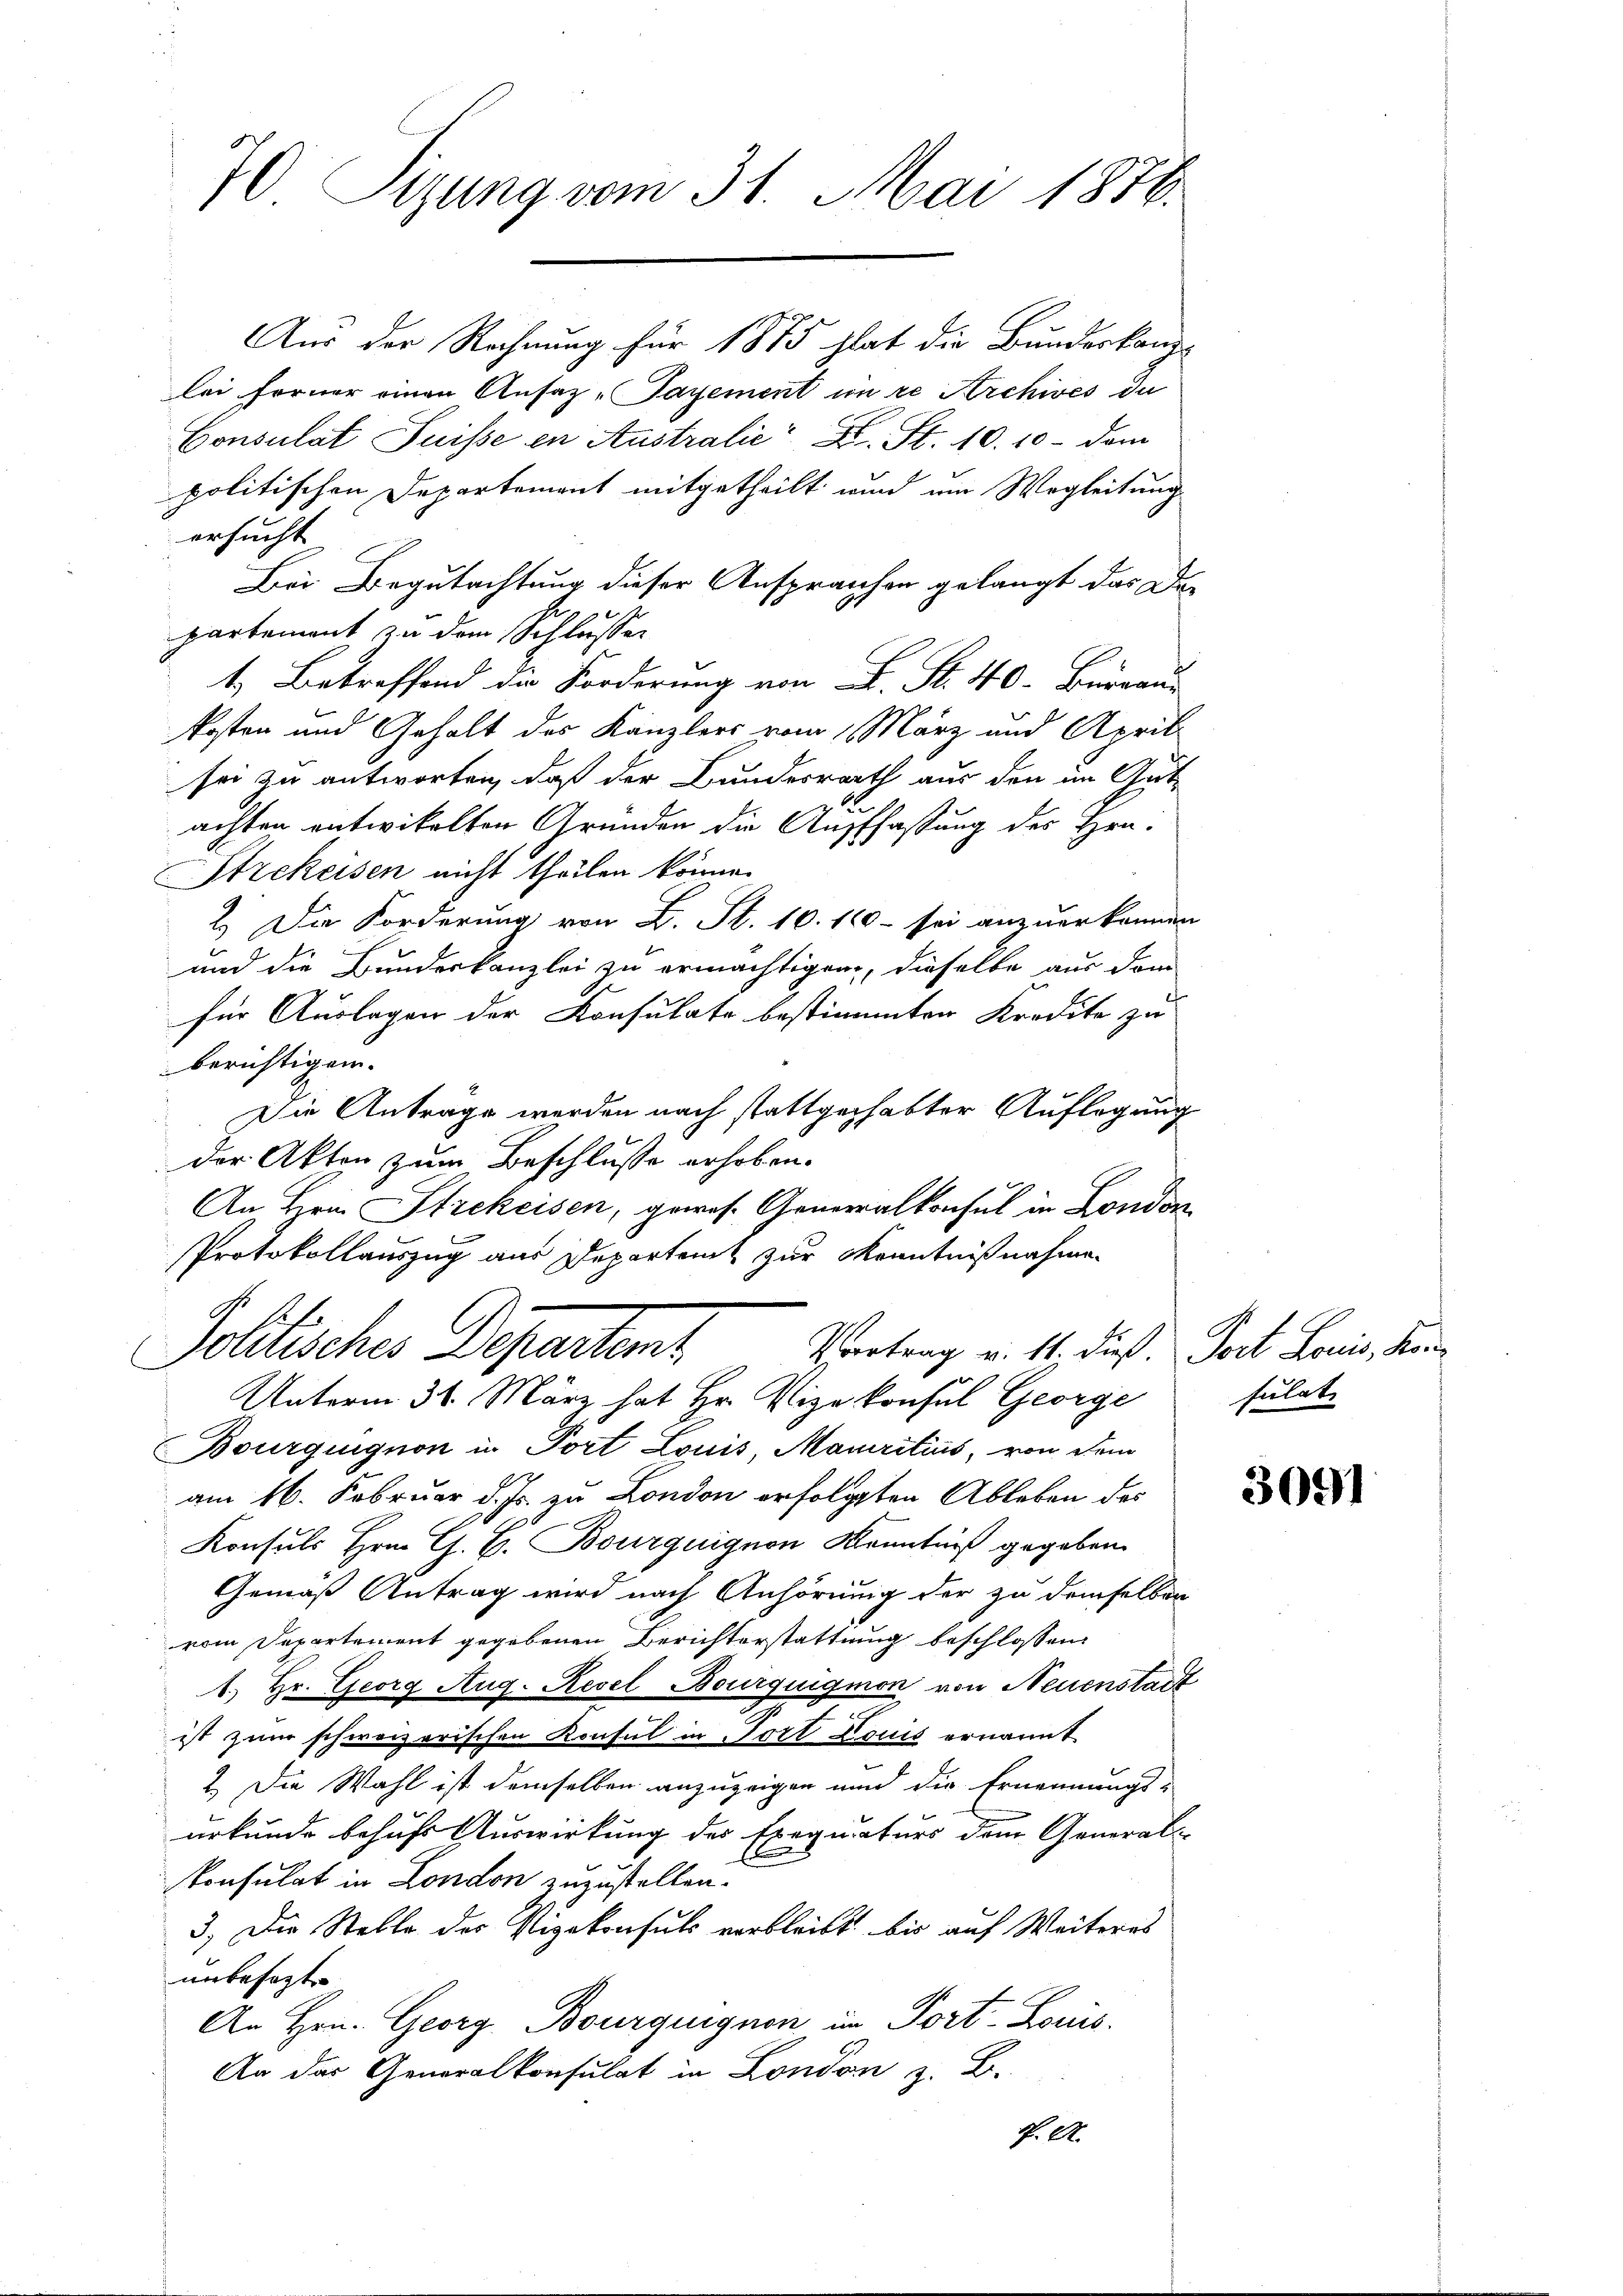
70 Sizung vom 31. Mai 1876.

Aus der Rechnung für 1875 hat die Bundeskanzlei ferner einen Ansatz „Tayement in re Archives du
Consulat Suisse in Australie L. St. 10. 10 - dem
politischen Departement mitgetheilt wird im Wegleitung
ersucht
Bei Begutachtung dieser Ansprachen gelangt das Dar
partement zu dem Schlusser
 F. S. 40. Bran
kosten und Gehalt des Kanzlers vom März und April
sei zu antworten, daß der Bundesrath aus den im Gut-
achten entwickelten Gründen die Auffassung des Hrn.
Strekeisen nicht theilen könne.
2.) Die Forderung von L. St. 10. 100 - sei anzuerkennen
und die Bundeskanzlei zu ermächtigen, dieselbe aus dem
für Auslagen der Konsulate bestimmten Kredite zu
berichtigen.
Die Antrage werden nach stattgehabter Auflegung
der Akten zum Beschlusse erhoben.
An Hrn Strekeisen, gewes. Generalkonsul in London
Protokollauszug aus Departent zur Kenntnißnahmen
Pollisches Departen
Vertrag u. 11. dieß. Post Louis, Kan¬
Unterm 31. März hat Hr. Vizekonsul George
Bourquignon in Port Louis Mauritius, von dem
am 16. Februar d. Js. zu London erfolgten Ableben des
Konsuls Hrn. C. C. Bourguignon Kenntniß gegeben.
Gemäß Antrag wird nach Anhörung der zu demselben
vom Departement gegebenen Berichterstattung beschlossen
1.) Hr. Georg Aug. Revel Bourguigmon von Neuenstadt
ist zum schweizerischen Konsul in Port Louis ernannt
2.) Die Wahl ist demselben anzuzeigen und die Ernennungs-
urkunde behufs Auswirkung des Exequaturs dem General-
konsulat in London zuzustellen.
3.) Die Stelle des Vizekonsuls verbleibt bis auf Weiteres
unbesezt
An Hrn. Georg Bourguignon im Port-Louis.
An der Generalkonsulat in London z. B.
f. A.

sulat

3691